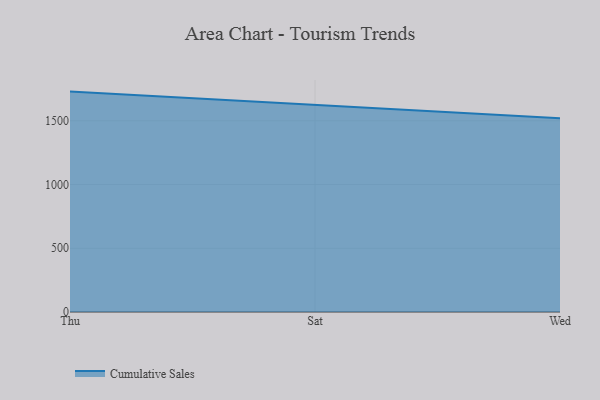
{"axis": {"x": "Day", "y": "Inventory Turnover"}, "legend": ["Cumulative Sales"], "data": [{"x": "Thu", "y": 1729.0, "type": "Cumulative Sales"}, {"x": "Sat", "y": 1627.0, "type": "Cumulative Sales"}, {"x": "Wed", "y": 1519.9, "type": "Cumulative Sales"}]}